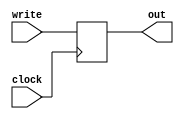
module regW(out, write, clock);

	/***************************************************************************
	* Registrador de escrita, ou seja, responsavel por auxiliar o processador
	* quando este deseja escrever na memoria, proporcionando a habilitacao do
	* sinal de escrita da mesma
	***************************************************************************/

	input write, clock;
	output reg out;

	always @(posedge clock) begin
		out = write;
	end

endmodule